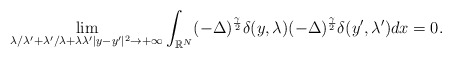
\begin{align*}\displaystyle\lim_{\lambda/\lambda' + \lambda'/\lambda + \lambda\lambda'|y - y'|^2 \to +\infty}\int_{\mathbb{R}^N}(-\Delta)^{\frac{\gamma}{2}}\delta(y, \lambda)(-\Delta)^{\frac{\gamma}{2}}\delta(y', \lambda')dx = 0.\end{align*}